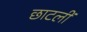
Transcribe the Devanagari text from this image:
छाटलीं